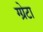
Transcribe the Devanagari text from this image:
ग्ग्रेटा